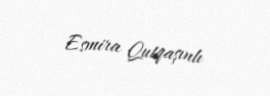
Esmira Qutqaşınlı